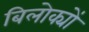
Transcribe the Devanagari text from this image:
बिलोक्यों